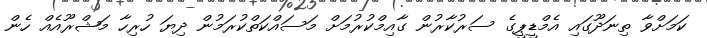
ކަމަށްވާ ތިނަދޫގައި އެމްޑީޕީގެ ސަރުކާރުން ގާއިމްކުރުމަށް މަސައްކަތްކުރަމުން ދިޔަ ހުރިހާ މަޝްރޫއެއް ހެން